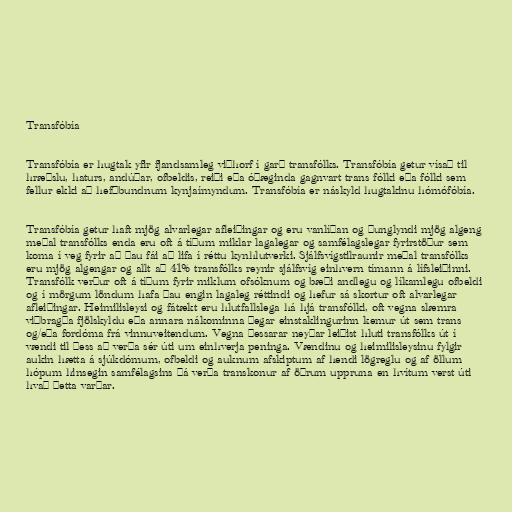
Transfóbía

Transfóbía er hugtak yfir fjandsamleg viðhorf í garð transfólks. Transfóbía getur vísað til
hræðslu, haturs, andúðar, ofbeldis, reiði eða óþæginda gagnvart trans fólki eða fólki sem
fellur ekki að hefðbundnum kynjaímyndum. Transfóbía er náskyld hugtakinu hómófóbía.

Transfóbía getur haft mjög alvarlegar afleiðingar og eru vanlíðan og þunglyndi mjög algeng
meðal transfólks enda eru oft á tíðum miklar lagalegar og samfélagslegar fyrirstöður sem
koma í veg fyrir að þau fái að lifa í réttu kynhlutverki. Sjálfsvígstilraunir meðal transfólks
eru mjög algengar og allt að 41% transfólks reynir sjálfsvíg einhvern tímann á lífsleiðinni.
Transfólk verður oft á tíðum fyrir miklum ofsóknum og bæði andlegu og líkamlegu ofbeldi
og í mörgum löndum hafa þau engin lagaleg réttindi og hefur sá skortur oft alvarlegar
afleiðingar. Heimilisleysi og fátækt eru hlutfallslega há hjá transfólki, oft vegna slæmra
viðbragða fjölskyldu eða annara nákominna þegar einstaklingurinn kemur út sem trans
og/eða fordóma frá vinnuveitendum. Vegna þessarar neyðar leiðist hluti transfólks út í
vændi til þess að verða sér úti um einhverja peninga. Vændinu og heimilisleysinu fylgir
aukin hætta á sjúkdómum, ofbeldi og auknum afskiptum af hendi lögreglu og af öllum
hópum hinsegin samfélagsins þá verða transkonur af öðrum uppruna en hvítum verst úti
hvað þetta varðar.